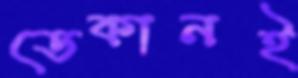
ডেকানই